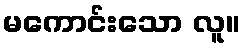
မကောင်းသော လူ။